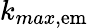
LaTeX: k_{max,\mathrm{em}}